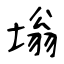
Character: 塕